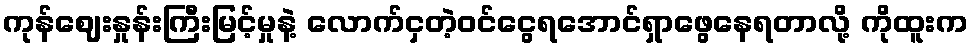
ကုန်ဈေးနှုန်းကြီးမြင့်မှုနဲ့ လောက်ငှတဲ့ဝင်ငွေရအောင်ရှာဖွေနေရတာလို့ ကိုထူးက